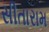
સીતારામ